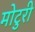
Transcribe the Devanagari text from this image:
मोटुरी